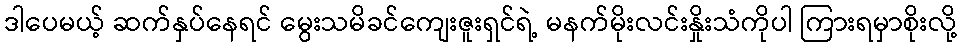
ဒါပေမယ့် ဆက်နှပ်နေရင် မွေးသမိခင်ကျေးဇူးရှင်ရဲ့ မနက်မိုးလင်းနှိုးသံကိုပါ ကြားရမှာစိုးလို့